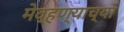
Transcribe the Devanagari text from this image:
मेव्हण्याच्या